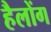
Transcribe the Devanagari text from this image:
हैलोंग